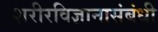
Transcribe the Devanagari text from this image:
शरीरविज्ञानासंबंधी